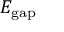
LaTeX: E _ { \mathrm { g a p } }